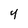
Character: y